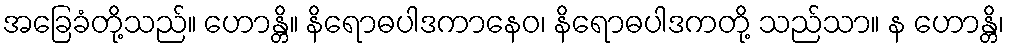
အခြေခံတို့သည်။ ဟောန္တိ။ နိရောဓပါဒကာနေဝ၊ နိရောဓပါဒကတို့ သည်သာ။ န ဟောန္တိ၊